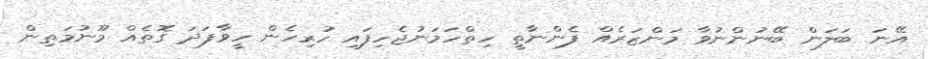
އޭނަ ބަލަން ބޭނުންނުވާ މަންޒަރެއް ފެންނާތީ ހިތްހަމަނުޖެހިފައި ހުރިހެން ހީވާފަދަ ގޮތެއް މޫނުމަތިން